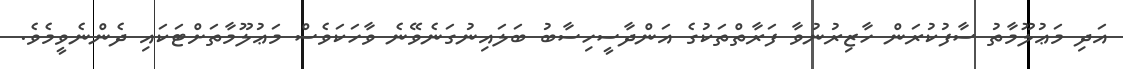
އަދި މަޢުލޫމާތު ސާފުކުރަން ހާޒިރުނުވާ ފަރާތްތަކުގެ އަންދާސީހިސާބު ބަލައިނުގަނެވޭނެ ވާހަކަވެސް މަޢުލޫމާތަށްޓަކައި ދެންނެވީމެވެ.